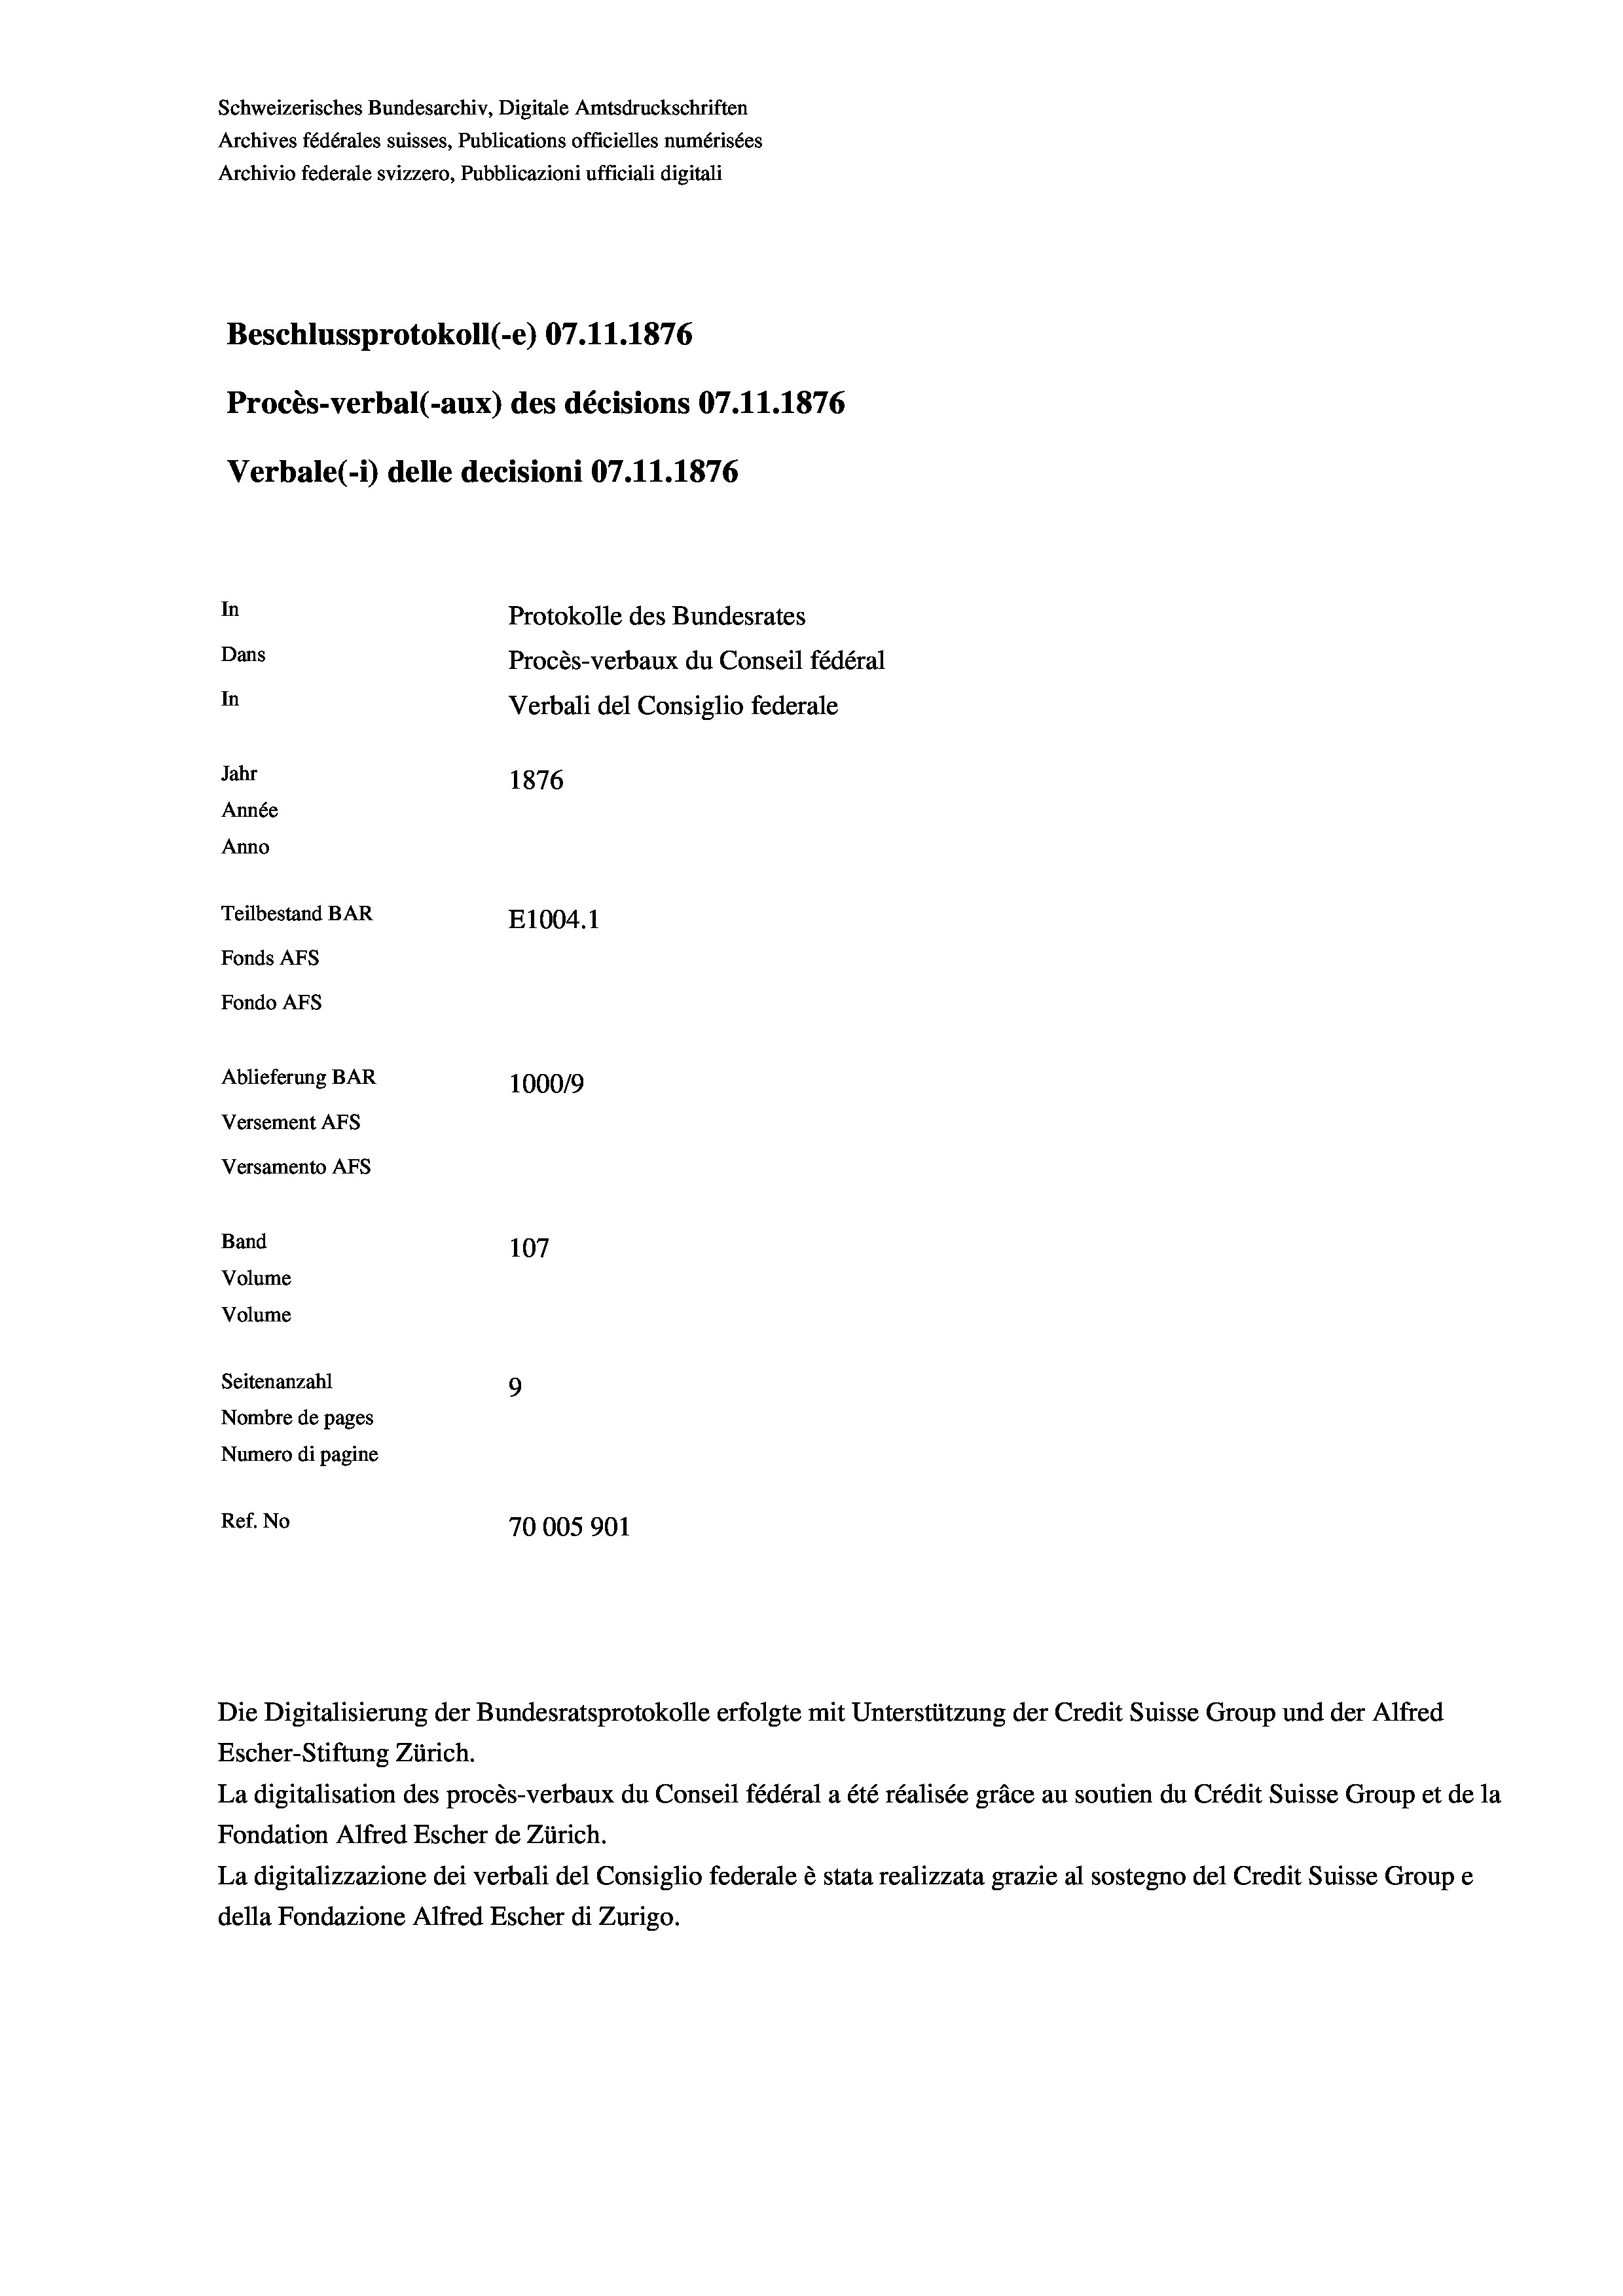
Schweizerisches Bundesarchiv, Digitale Amtsdruckschriften
Archives fédérales suisses, Publications officielles numérisées
Archivio federale svizzero, Pubblicazioni ufficiali digitali
Beschlussprotokoll (-e) 07.11.1876
Procès-verbal (-aux) des décisions 07.11.1876
Verbale(-*) delle decisioni 07.11.1876
In
Protokolle des Bundesrates
Dans
Procès-verbaux du Conseil fédéral
In
Verbali del Consiglio federale
Jahr
1876
Année
Anno
Teilbestand BAR
E1004.1
Fonds AFs
Fondo AFS
Ablieferung BAR
1000/9
Versement AFS
Versamento AFs

107
Seitenanzahl
9
Nombre de pages
Numero di pagine
Ref. No
70005901

Band
Volume
Volume

Escher-Stiftung Zürich.
La digitalisation des procès-verbaux du Conseil fédéral a été réalisée gräce au soutien du Crédit Suisse Group et de la
Fondation Alfred Escher de Zürich.
La digitalizzazione dei verbali del Consiglio federale è stata realizzata grazie al sostegno del Credit Suisse Groupe
della Fondazione Alfred Escher di Zurigo.

Die Digitalisierung der Bundesratsprotokolle erfolgte mit Unterstützung der Credit Suisse Group und der Alfred